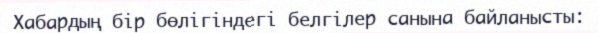
Хабардың бір бөлігіндегі белгілер санына байланысты: